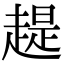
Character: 趧